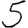
Digit: 5